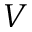
V